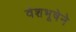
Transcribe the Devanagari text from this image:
वेशभूषेने